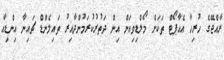
ރާއްޖޭގެ ހުރިހާ އެއާޕޯޓް ތަކަށް މޯލްޑިވިއަން އިން ދަތުރުކުރަމުންދާއިރު ތައިލެންޑް ޗައިނާ އިންޑިއާ